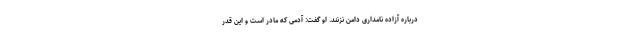
درباره آزاده نامداری دامن نزنند. او گفت: آدمی که مادر است و این قدر